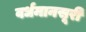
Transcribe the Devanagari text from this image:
वर्धमानसूरी